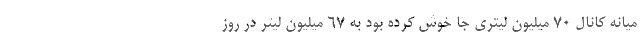
میانه کانال ۷۰ میلیون لیتری جا خوش کرده بود به ۶۷ میلیون لیتر در روز